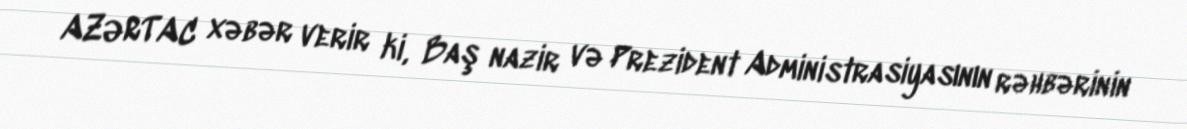
AZƏRTAC xəbər verir ki, Baş nazir və Prezident Administrasiyasının rəhbərinin